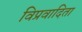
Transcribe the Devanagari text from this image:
विप्रवादिता